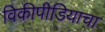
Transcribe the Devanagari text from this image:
विकीपीडियाचा